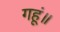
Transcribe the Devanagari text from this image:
गहूं॥